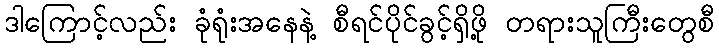
ဒါကြောင့်လည်း ခုံရုံးအနေနဲ့ စီရင်ပိုင်ခွင့်ရှိဖို့ တရားသူကြီးတွေစီ